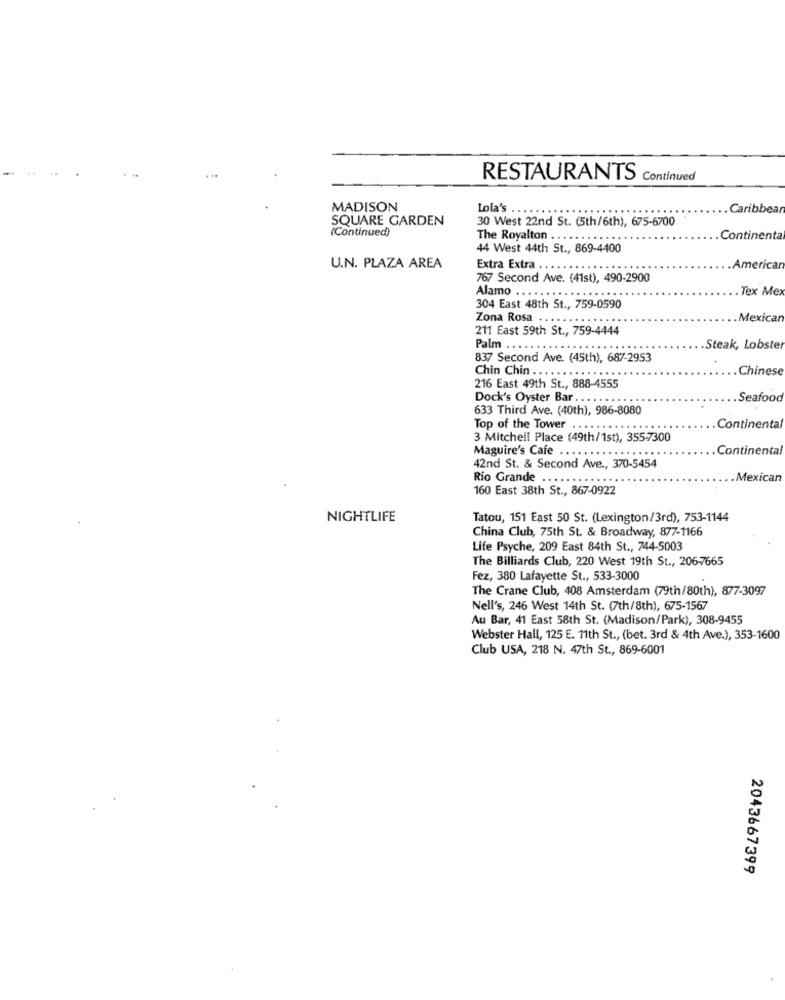
RESTAURANTS Continued
MADISON
Lola's ........
Caribbear
SQUARE GARDEN
30 West 22nd St. (5th/6th), 675-6700
(Continued)
The Royalton ...
......
Continenta
44 West 44th St ., 869-4400
U.N. PLAZA AREA
Extra Extra
.Americar
767 Second Ave. (41st), 490-2900
. Tex Mex
Alamo .........
304 East 48th St ., 759-0590
Zona Rosa
.Mexican
211 East 59th St ., 759-4444
Palm ...
.....
Steak, Lobster
837 Second Ave. (45th), 687-2953
Chinese
Chin Chin ......
216 East 49th St ., 888-4555
Dock's Oyster Bar ..
Seafood
633 Third Ave. (40th), 986-8080
Top of the Tower .. .
.Continental
3 Mitchell Place (49th/1st), 355-7300
Continental
Maguire's Cafe .......
42nd St. & Second Ave ., 370-5454
Rio Grande
Mexican
160 East 38th St ., 867-0922
NIGHTLIFE
Tatou, 151 East 50 St. (Lexington/3rd), 753-1144
China Club, 75th St. & Broadway, 877-1166
Life Psyche, 209 East 84th St ., 744-5003
The Billiards Club, 220 West 19th St ., 206-7665
Fez, 380 Lafayette St ., 533-3000
The Crane Club, 408 Amsterdam (79th/80th), 877-3097
Nell's, 246 West 14th St. (7th/8th), 675-1567
Au Bar, 41 East 58th St. (Madison/Park), 308-9455
Webster Hall, 125 E. 11th St ., (bet. 3rd & 4th Ave.), 353-1600
Club USA, 218 N. 47th St ., 869-6001
2043667399